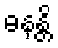
ဓနန္တိ